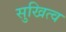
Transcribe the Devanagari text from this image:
सुखित्व